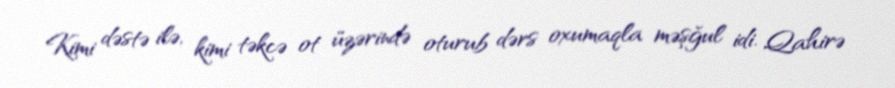
Kimi dəstə ilə, kimi təkcə ot üzərində oturub dərs oxumaqla məşğul idi. Qahirə